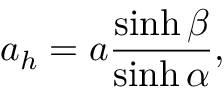
a _ { h } = a \frac { \sinh \beta } { \sinh { \alpha } } ,